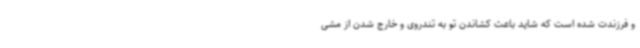
و فرزندت شده است که شاید باعث کشاندن تو به تندروی و خارج شدن از مشی